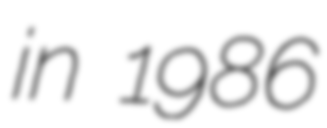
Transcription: in 1986